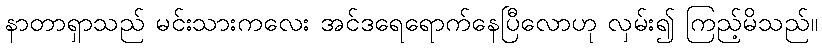
နာတာရှာသည် မင်းသားကလေး အင်ဒရေရောက်နေပြီလောဟု လှမ်း၍ ကြည့်မိသည်။